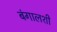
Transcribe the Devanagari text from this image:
बंगालशी